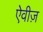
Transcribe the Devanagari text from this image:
ऐवीज़